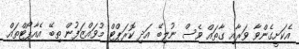
އެކަށީގެންވާ ވަރާއި ގާތައް ވެސް ނުލިބޭ އަދި ކޮރަޕްޓް މުވައްޒަފުން ތިބޭ އެއާޕޯޓްތައް